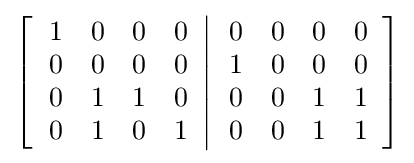
\left[\left.{\begin{array}{cccc}1&0&0&0\\0&0&0&0\\0&1&1&0\\0&1&0&1\end{array}}\right\vert {\begin{array}{cccc}0&0&0&0\\1&0&0&0\\0&0&1&1\\0&0&1&1\end{array}}\right]